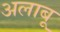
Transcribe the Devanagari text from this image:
अलाबू